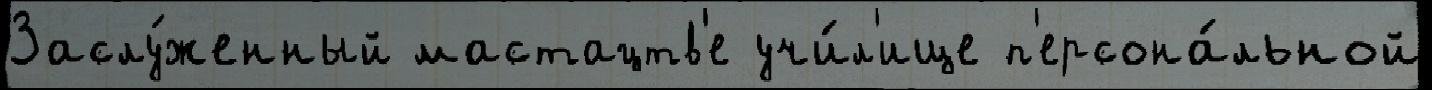
Заслу́женный мастацтв'е учи́л'ище п'ерсона́льной